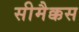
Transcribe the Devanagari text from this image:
सीमैक्कस